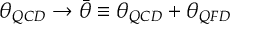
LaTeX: \theta _ { Q C D } \rightarrow \bar { \theta } \equiv \theta _ { Q C D } + \theta _ { Q F D }